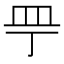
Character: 𰤲